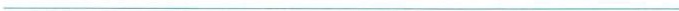
___